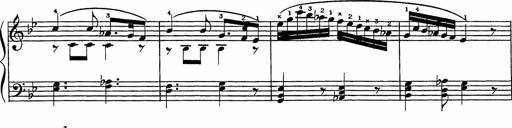
Title: Song of the River
Composer: Frederick Henry Pease